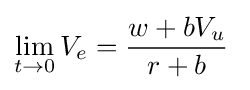
\lim _{t\rightarrow 0}V_{e}={\frac {w+bV_{u}}{r+b}}\;